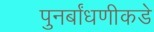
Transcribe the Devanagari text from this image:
पुनर्बांधणीकडे